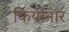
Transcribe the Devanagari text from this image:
कियोनार